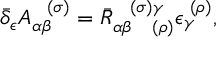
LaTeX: \bar { \delta } _ { \epsilon } A _ { \alpha \beta } ^ { \; \; \; ( \sigma ) } = \bar { R } _ { \alpha \beta \; \; \; \; ( \rho ) } ^ { \; \; \; ( \sigma ) \gamma } \epsilon _ { \gamma } ^ { \; ( \rho ) } ,